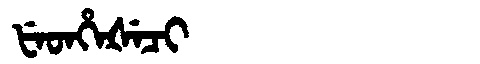
Manchu: ᡶᡝᡨᡥᡝᡧᡝᠴᡳ
Romanization: FETHEŠECI